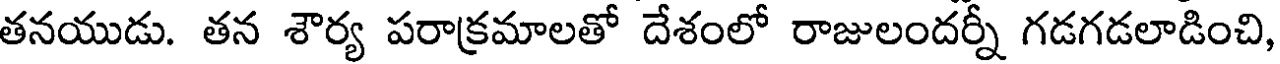
తనయుడు. తన శౌర్య పరాక్రమాలతో దేశంలో రాజులందర్నీ గడగడలాడించి,